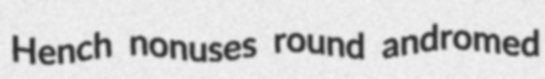
Hench nonuses round andromed